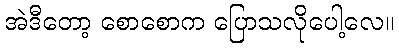
အဲဒီတော့ စောစောက ပြောသလိုပေါ့လေ။